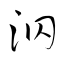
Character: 泅